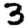
Digit: 3